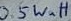
Text: 0.5 Watt